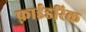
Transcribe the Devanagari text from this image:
फ़्राईडरिक